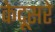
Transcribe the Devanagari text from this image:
केदूसरे